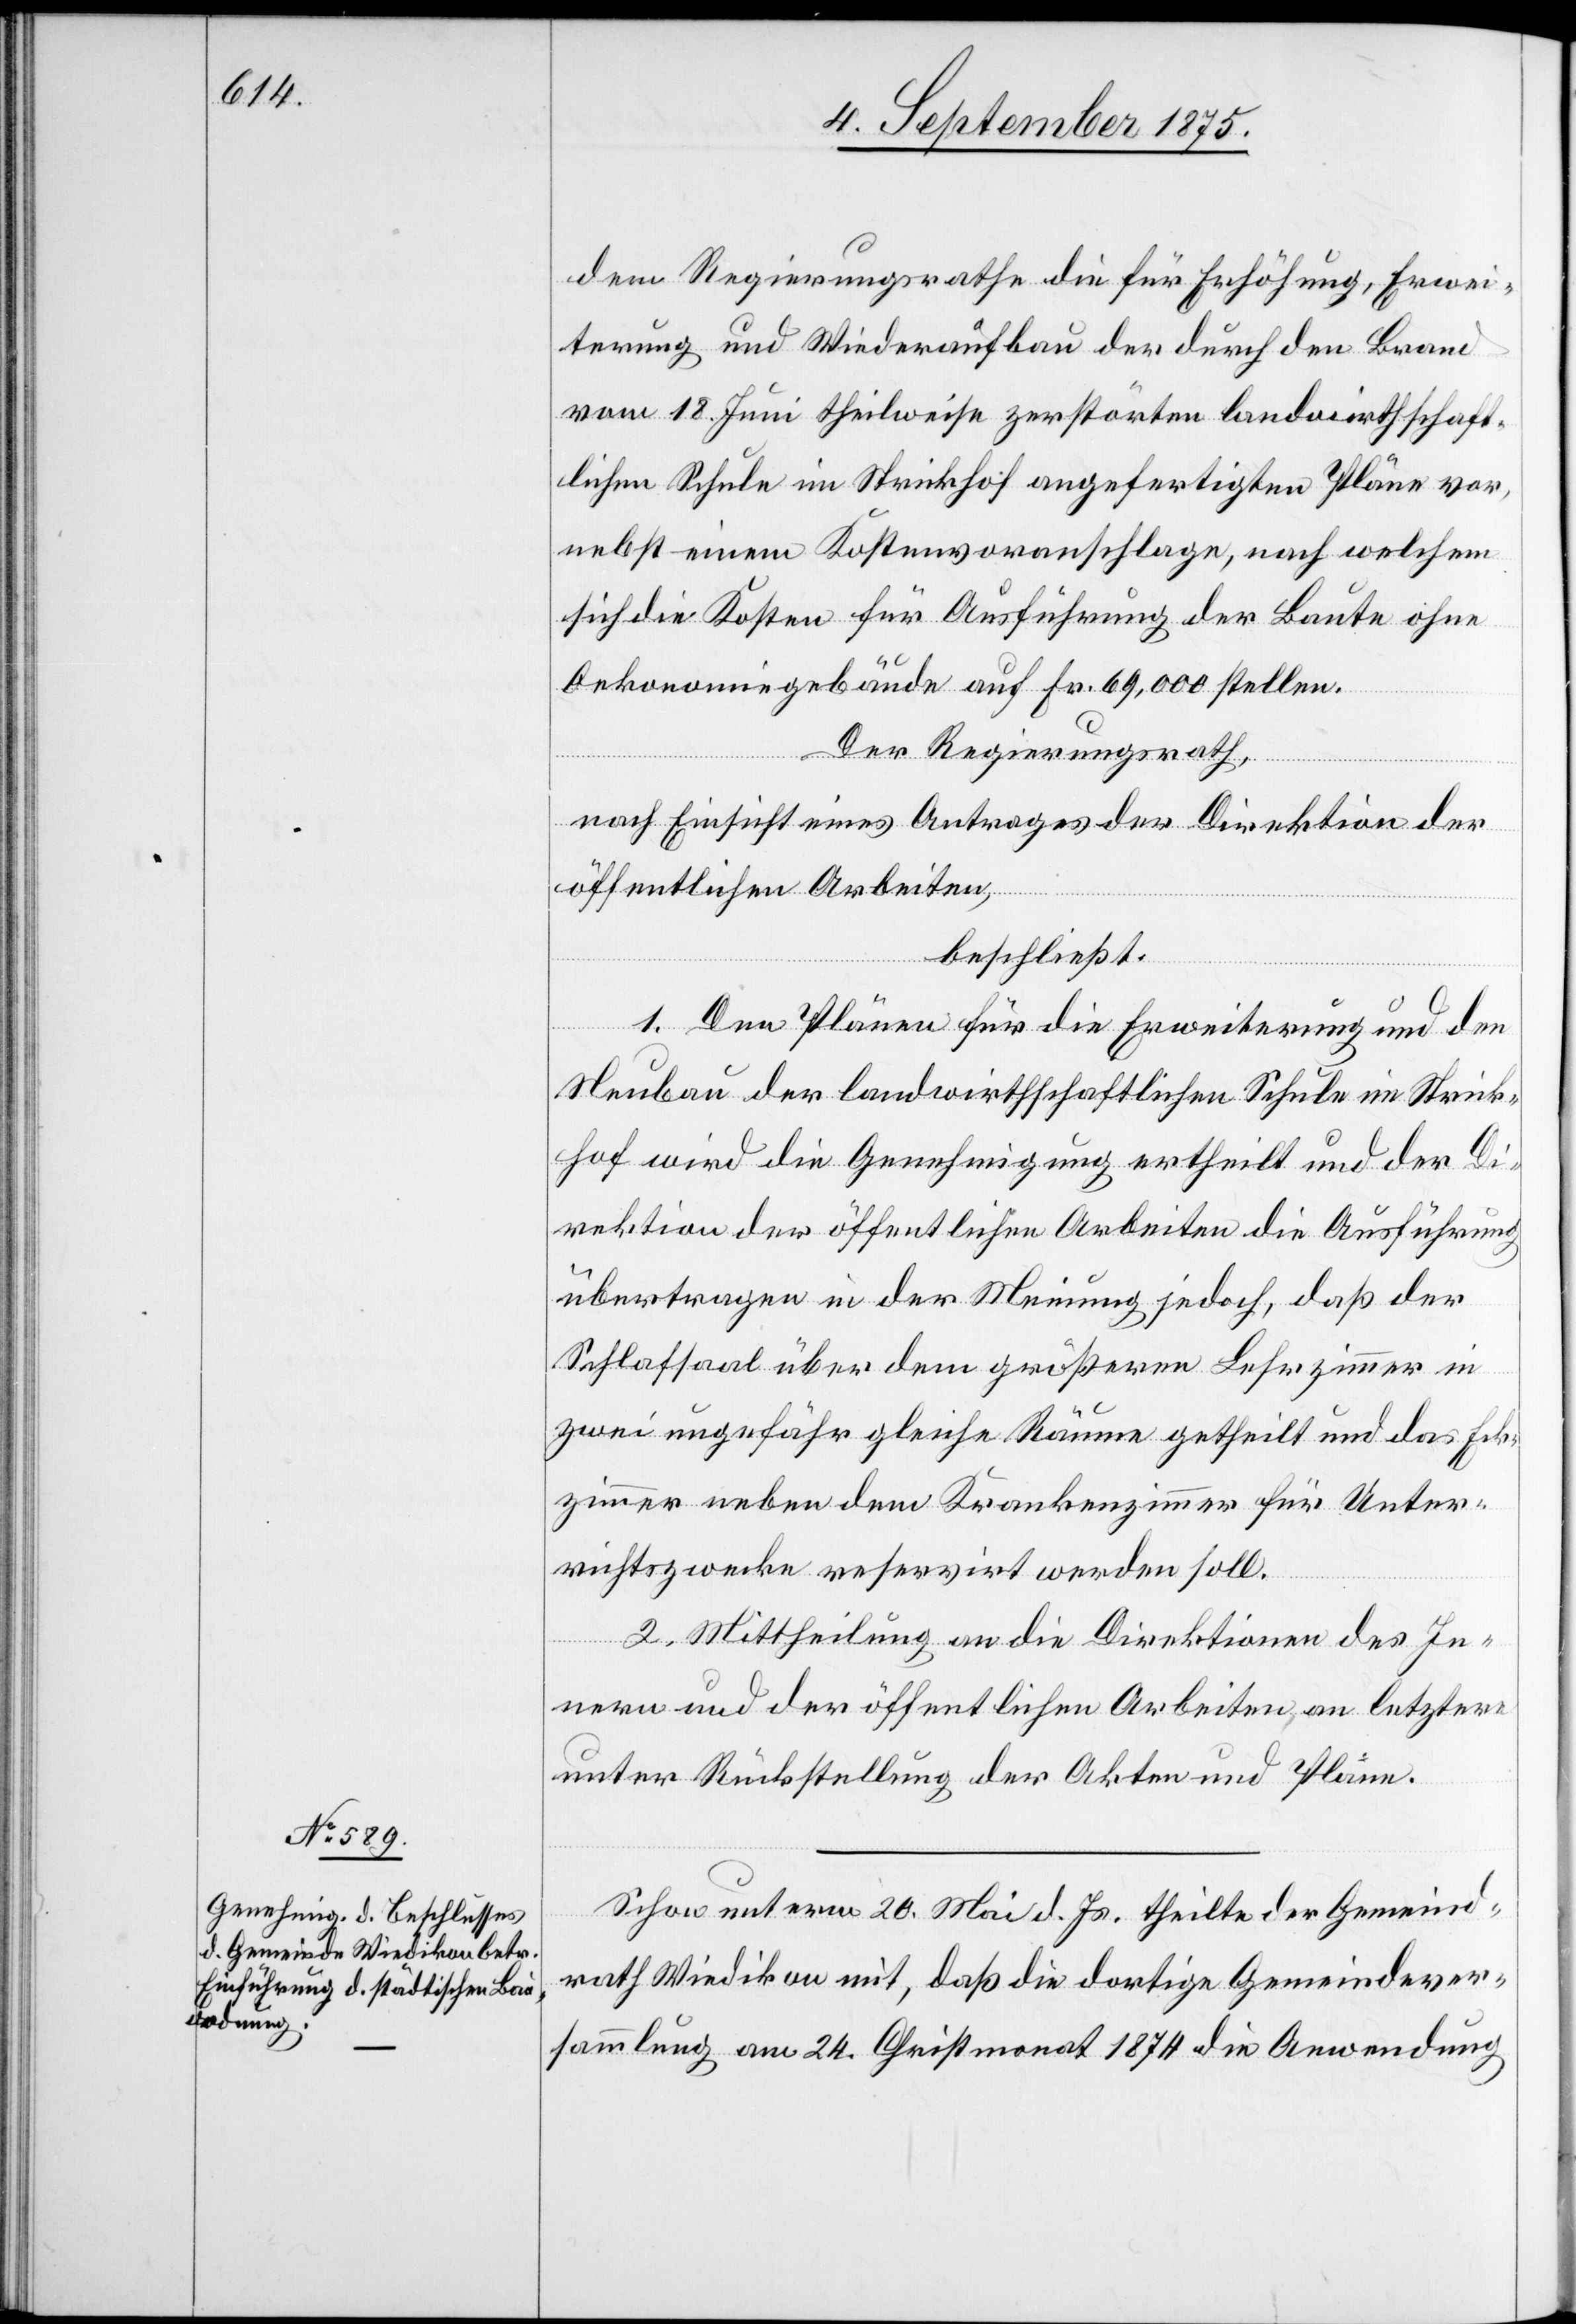
dem Regierungsrathe die für Erhöhung, Erwei¬
terung und Wiederaufbau der durch den Brand
vom 18. Juni theilweise zerstörten landwirthschaft¬
lichen Schule im Strickhof angefertigten Pläne vor,
nebst einem Kostenvoranschlage, nach welchem
sich die Kosten für Ausführung der Baute ohne
Oekonomiegebäude auf Fr. 69,000 stellen.
Der Regierungsrath,
nach Einsicht eines Antrages der Direktion der
öffentlichen Arbeiten,
beschließt:
1. Den Plänen für die Erweiterung und den
Neubau der landwirthschaftlichen Schule im Strick¬
hof wird die Genehmigung ertheilt und der Di¬
rektion der öffentlichen Arbeiten die Ausführung
übertragen in der Meinung jedoch, daß der
Schlafsaal über dem größeren Lehrzimmer in
zwei ungefähr gleiche Räume getheilt und das Eck¬
zimmer neben dem Krankenzimmer für Unter¬
richtszwecke reserviert werden soll.
2. Mittheilung an die Direktionen der des In¬
nern und der öffentlichen Arbeiten an letztere
unter Rückstellung der Akten und Pläne.
Schon unterm 20. Mai d. Js. theilte der Gemeind¬
rath Wiedikon mit, daß die dortige Gemeindever¬
sammlung am 24. Christmonat 1874 die Anwendung